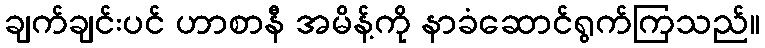
ချက်ချင်းပင် ဟာစာနီ အမိန့်ကို နာခံဆောင်ရွက်ကြသည်။